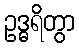
ဥဒ္ဓရိတွာ